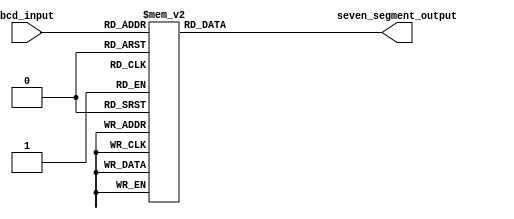
module BCD_decoder (
  input [3:0] bcd_input,
  output reg [6:0] seven_segment_output
);

always @(*) begin
  case(bcd_input)
    4'b0000: seven_segment_output = 7'b1000000; // 0
    4'b0001: seven_segment_output = 7'b1111001; // 1
    4'b0010: seven_segment_output = 7'b0100100; // 2
    4'b0011: seven_segment_output = 7'b0110000; // 3
    4'b0100: seven_segment_output = 7'b0011001; // 4
    4'b0101: seven_segment_output = 7'b0010010; // 5
    4'b0110: seven_segment_output = 7'b0000010; // 6
    4'b0111: seven_segment_output = 7'b1111000; // 7
    4'b1000: seven_segment_output = 7'b0000000; // 8
    4'b1001: seven_segment_output = 7'b0010000; // 9
    default: seven_segment_output = 7'bxxxxxxx; // Error state
  endcase
end

endmodule